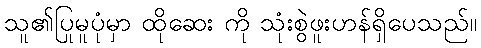
သူ၏ပြုမူပုံမှာ ထိုဆေး ကို သုံးစွဲဖူးဟန်ရှိပေသည်။